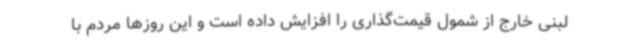
لبنی خارج از شمول قیمت‌گذاری را افزایش داده است و این روزها مردم با